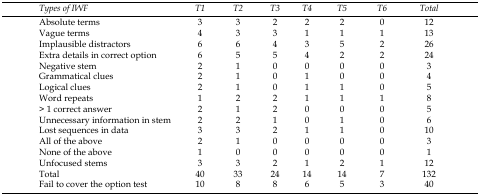
<table><thead><tr><td><b><i>Types of IWF</i></b></td><td><b><i>T1</i></b></td><td><b><i>T2</i></b></td><td><b><i>T3</i></b></td><td><b><i>T4</i></b></td><td><b><i>T5</i></b></td><td><b><i>T6</i></b></td><td><b><i>Total</i></b></td></tr></thead><tbody><tr><td>Absolute terms</td><td>3</td><td>3</td><td>2</td><td>2</td><td>2</td><td>0</td><td>12</td></tr><tr><td>Vague terms</td><td>4</td><td>3</td><td>3</td><td>1</td><td>1</td><td>1</td><td>13</td></tr><tr><td>Implausible distractors</td><td>6</td><td>6</td><td>4</td><td>3</td><td>5</td><td>2</td><td>26</td></tr><tr><td>Extra details in correct option</td><td>6</td><td>5</td><td>5</td><td>4</td><td>2</td><td>2</td><td>24</td></tr><tr><td>Negative stem</td><td>2</td><td>1</td><td>0</td><td>0</td><td>0</td><td>0</td><td>3</td></tr><tr><td>Grammatical clues</td><td>2</td><td>1</td><td>0</td><td>1</td><td>0</td><td>0</td><td>4</td></tr><tr><td>Logical clues</td><td>2</td><td>1</td><td>0</td><td>1</td><td>1</td><td>0</td><td>5</td></tr><tr><td>Word repeats</td><td>1</td><td>2</td><td>2</td><td>1</td><td>1</td><td>1</td><td>8</td></tr><tr><td>&gt; 1 correct answer</td><td>2</td><td>1</td><td>2</td><td>0</td><td>0</td><td>0</td><td>5</td></tr><tr><td>Unnecessary information in stem</td><td>2</td><td>2</td><td>1</td><td>0</td><td>1</td><td>0</td><td>6</td></tr><tr><td>Lost sequences in data</td><td>3</td><td>3</td><td>2</td><td>1</td><td>1</td><td>0</td><td>10</td></tr><tr><td>All of the above</td><td>2</td><td>1</td><td>0</td><td>0</td><td>0</td><td>0</td><td>3</td></tr><tr><td>None of the above</td><td>1</td><td>0</td><td>0</td><td>0</td><td>0</td><td>0</td><td>1</td></tr><tr><td>Unfocused stems</td><td>3</td><td>3</td><td>2</td><td>1</td><td>2</td><td>1</td><td>12</td></tr><tr><td>Total</td><td>40</td><td>33</td><td>24</td><td>14</td><td>14</td><td>7</td><td>132</td></tr><tr><td>Fail to cover the option test</td><td>10</td><td>8</td><td>8</td><td>6</td><td>5</td><td>3</td><td>40</td></tr></tbody></table>